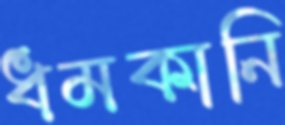
ধমকানি